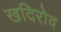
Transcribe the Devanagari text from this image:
खदिरोव